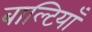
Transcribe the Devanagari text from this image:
बाल्टियाँ